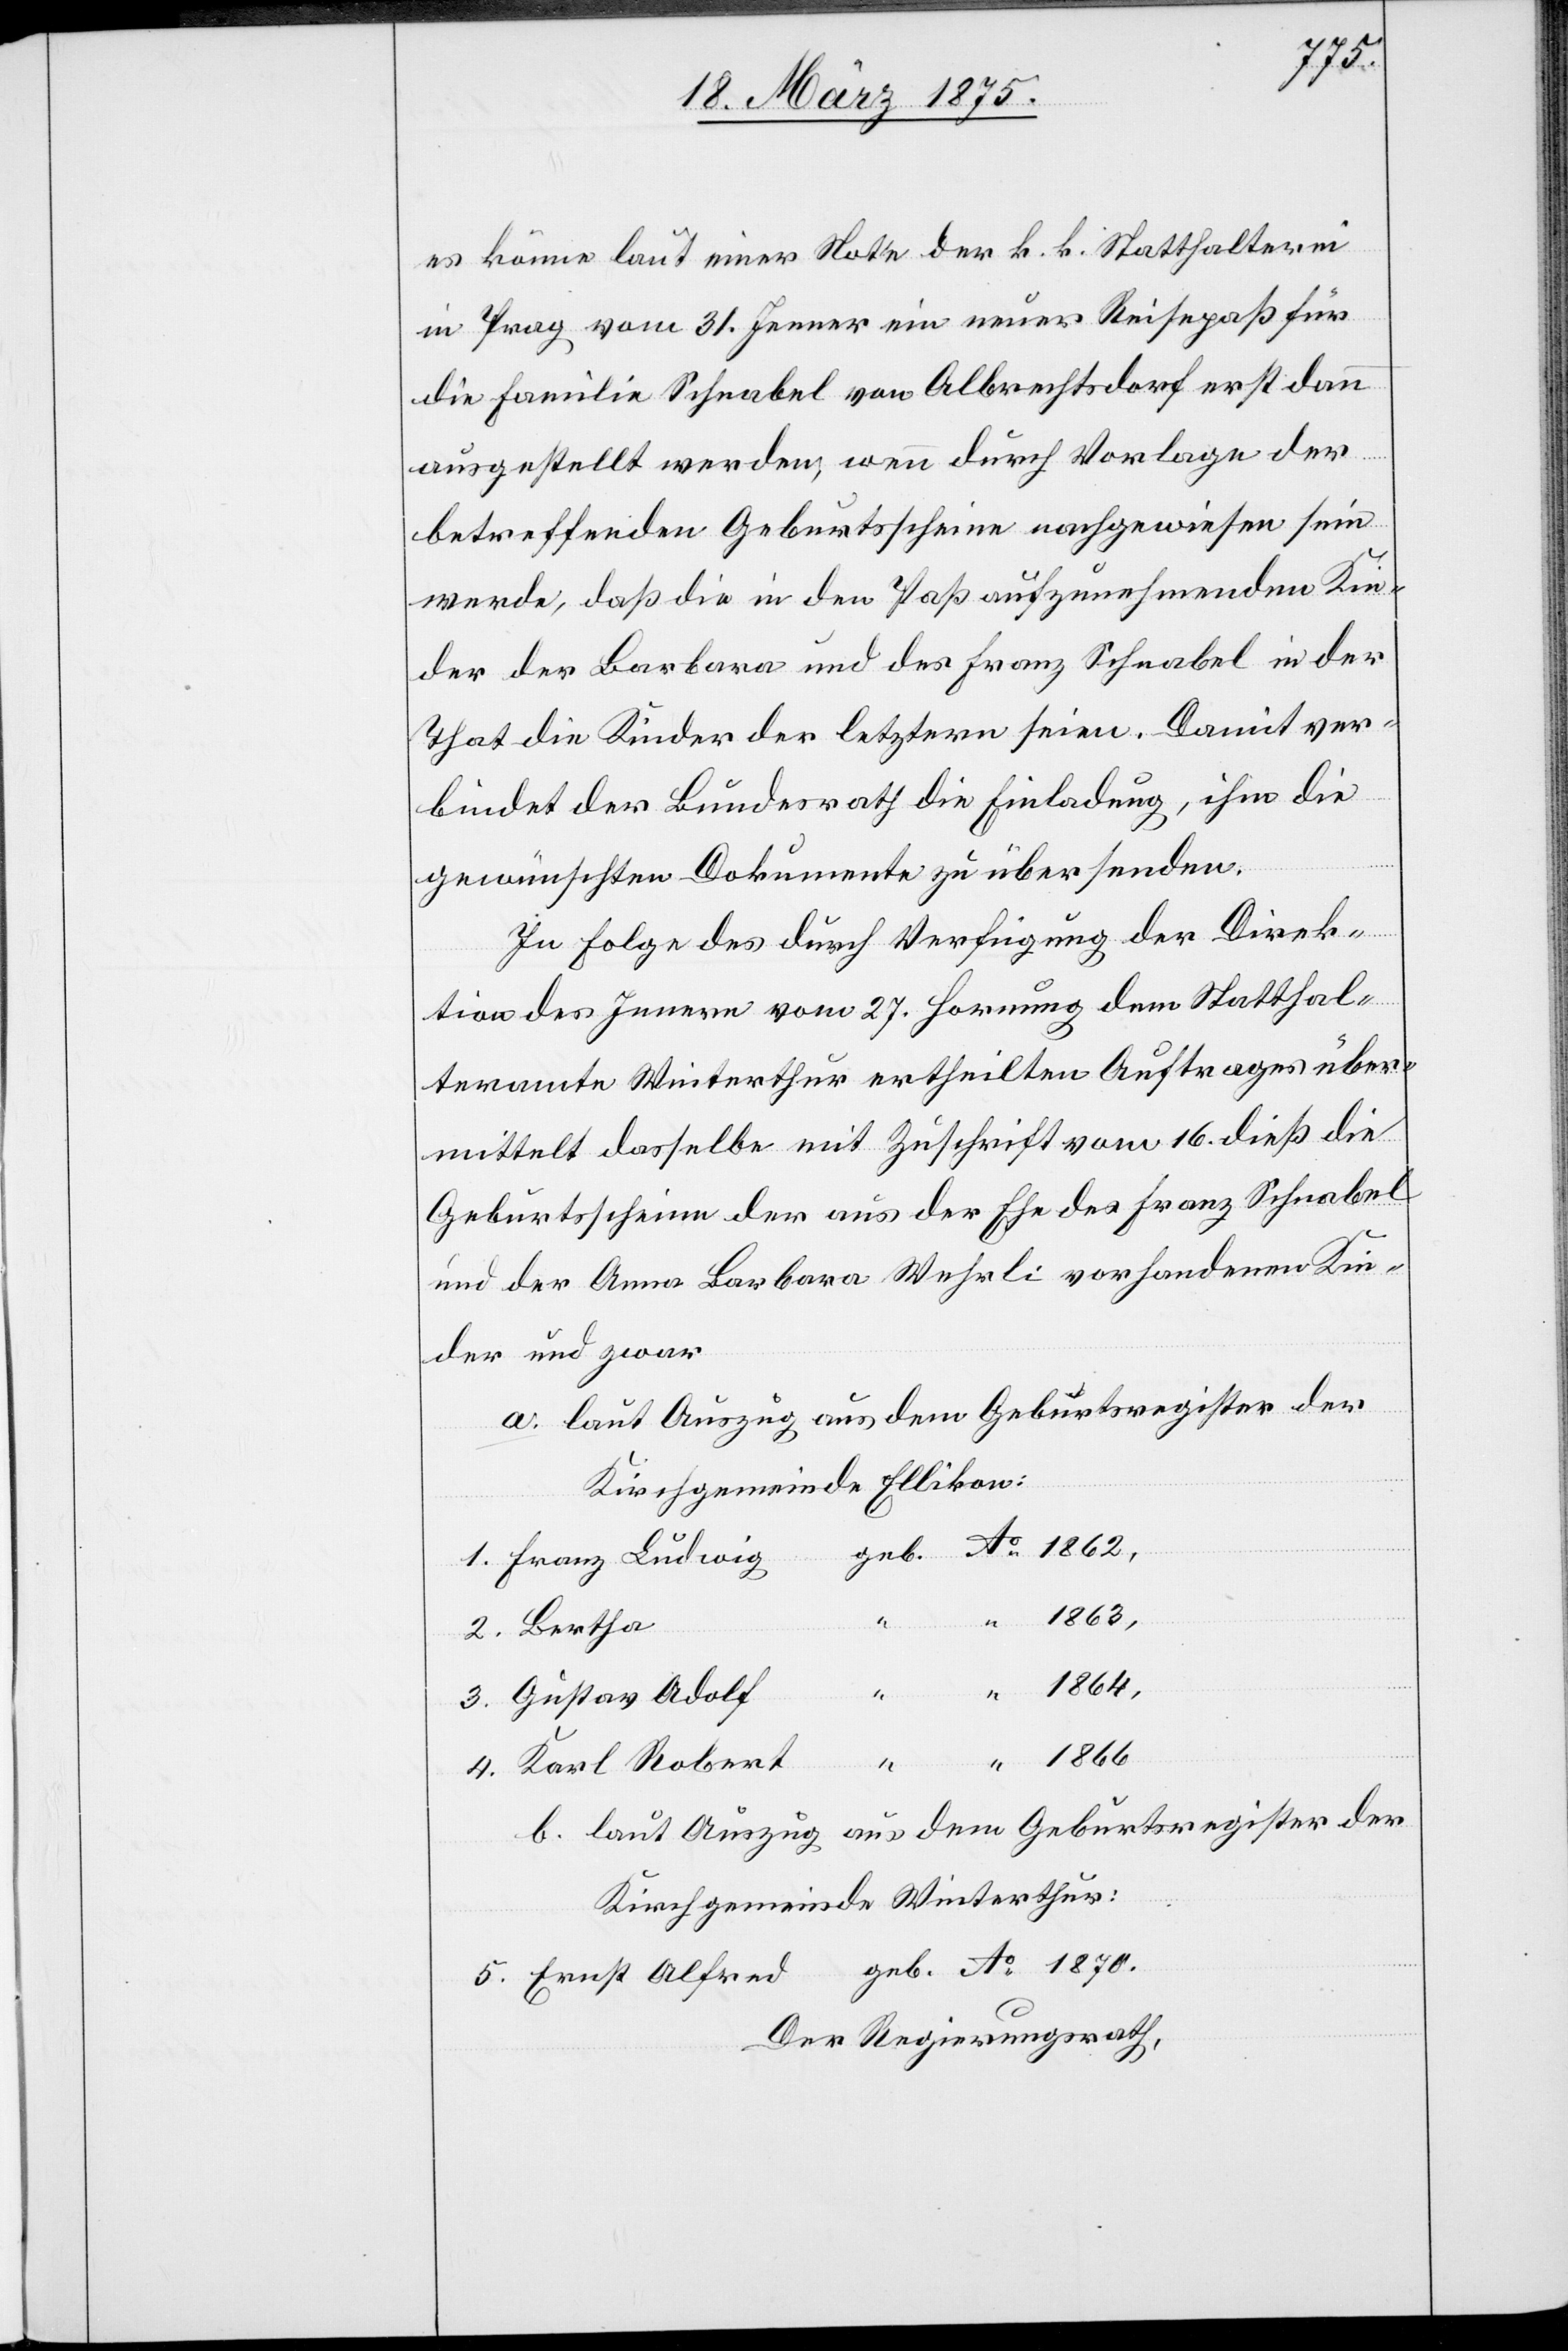
1870.
es könne laut einer Note der k. k. Statthalterei
in Prag vom 31. Jenner ein neuer Reisepaß für
die Familie Schnabel von Albrechtsdorf erst dann
ausgestellt werden, wenn durch Vorlage der
betreffenden Geburtsscheine nachgewiesen sein
werde, daß die in den Paß aufzunehmenden Kin¬
der der Barbara und des Franz Schnabel in der
That die Kinder der letztern seien. Damit ver¬
bindet der Bundesrath die Einladung, ihm die
gewünschten Dokumente zu übersenden.
In Folge des durch Verfügung der Direk¬
tion des Innern vom 27. Hornung dem Statthal¬
teramte Winterthur ertheilten Auftrages über¬
mittelt dasselbe mit Zuschrift vom 16. dieß die
Geburtsscheine der aus der Ehe des Franz Schnabel
und der Anna Barbara Wehrli vorhandenen Kin¬
der und zwar
a. laut Auszug aus dem Geburtsregister der
Kirchgemeinde Ellikon:
Karl Robert
b. laut Auszug aus dem Geburtsregister der
Kirchgemeinde Winterthur:
Der Regierungsrath,